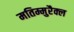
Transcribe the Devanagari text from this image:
मतिम्मुरैक्ल